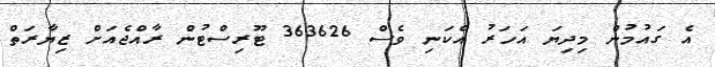
އެ ގައުމުން މިދިޔަ އަހަރު އެކަނި ވެސް 363626 ޓޫރިސްޓުން ރާއްޖެއަށް ޒިޔާރަތް